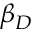
\beta _ { D }